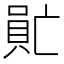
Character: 𠺯